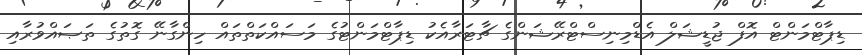
ޑިޕާޓްމަންޓް އޮފް ޖުޑީޝަލް އެޑްމިނިސްޓްރޭޝަންގެ ޗާޓަރާއެކު ޑިޕާޓްމަންޓުގެ މަސައްކަތްތައް ހިންގާނޭ ގޮތުގެ ތަޞައްވުރާއި